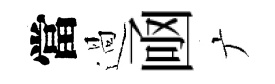
當過凾广